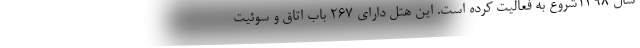
سال 1398شروع به فعالیت کرده است. این هتل دارای 267 باب اتاق و سوئیت